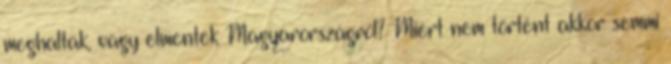
meghaltak, vagy elmentek Magyarországról? Miért nem történt akkor semmi